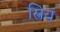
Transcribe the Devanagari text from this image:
स्त्रियं